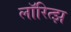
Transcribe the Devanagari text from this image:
लॉरित्झ